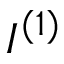
I ^ { ( 1 ) }